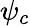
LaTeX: \psi_{c}